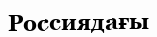
Россиядағы